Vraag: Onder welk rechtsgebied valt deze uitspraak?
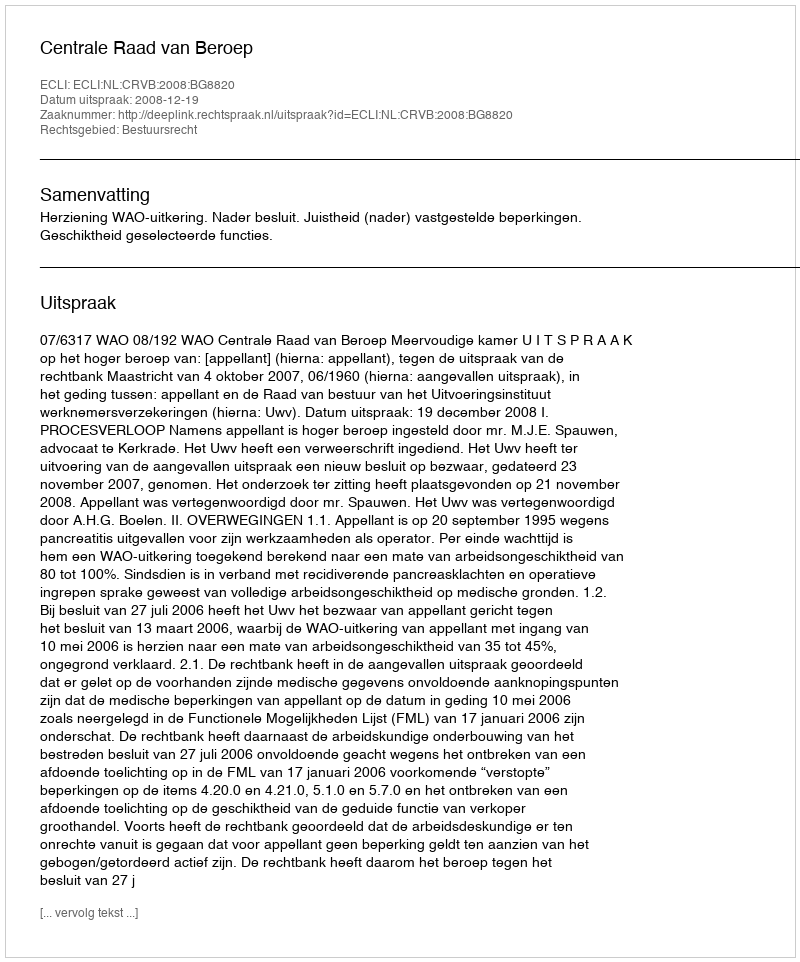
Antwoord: Bestuursrecht